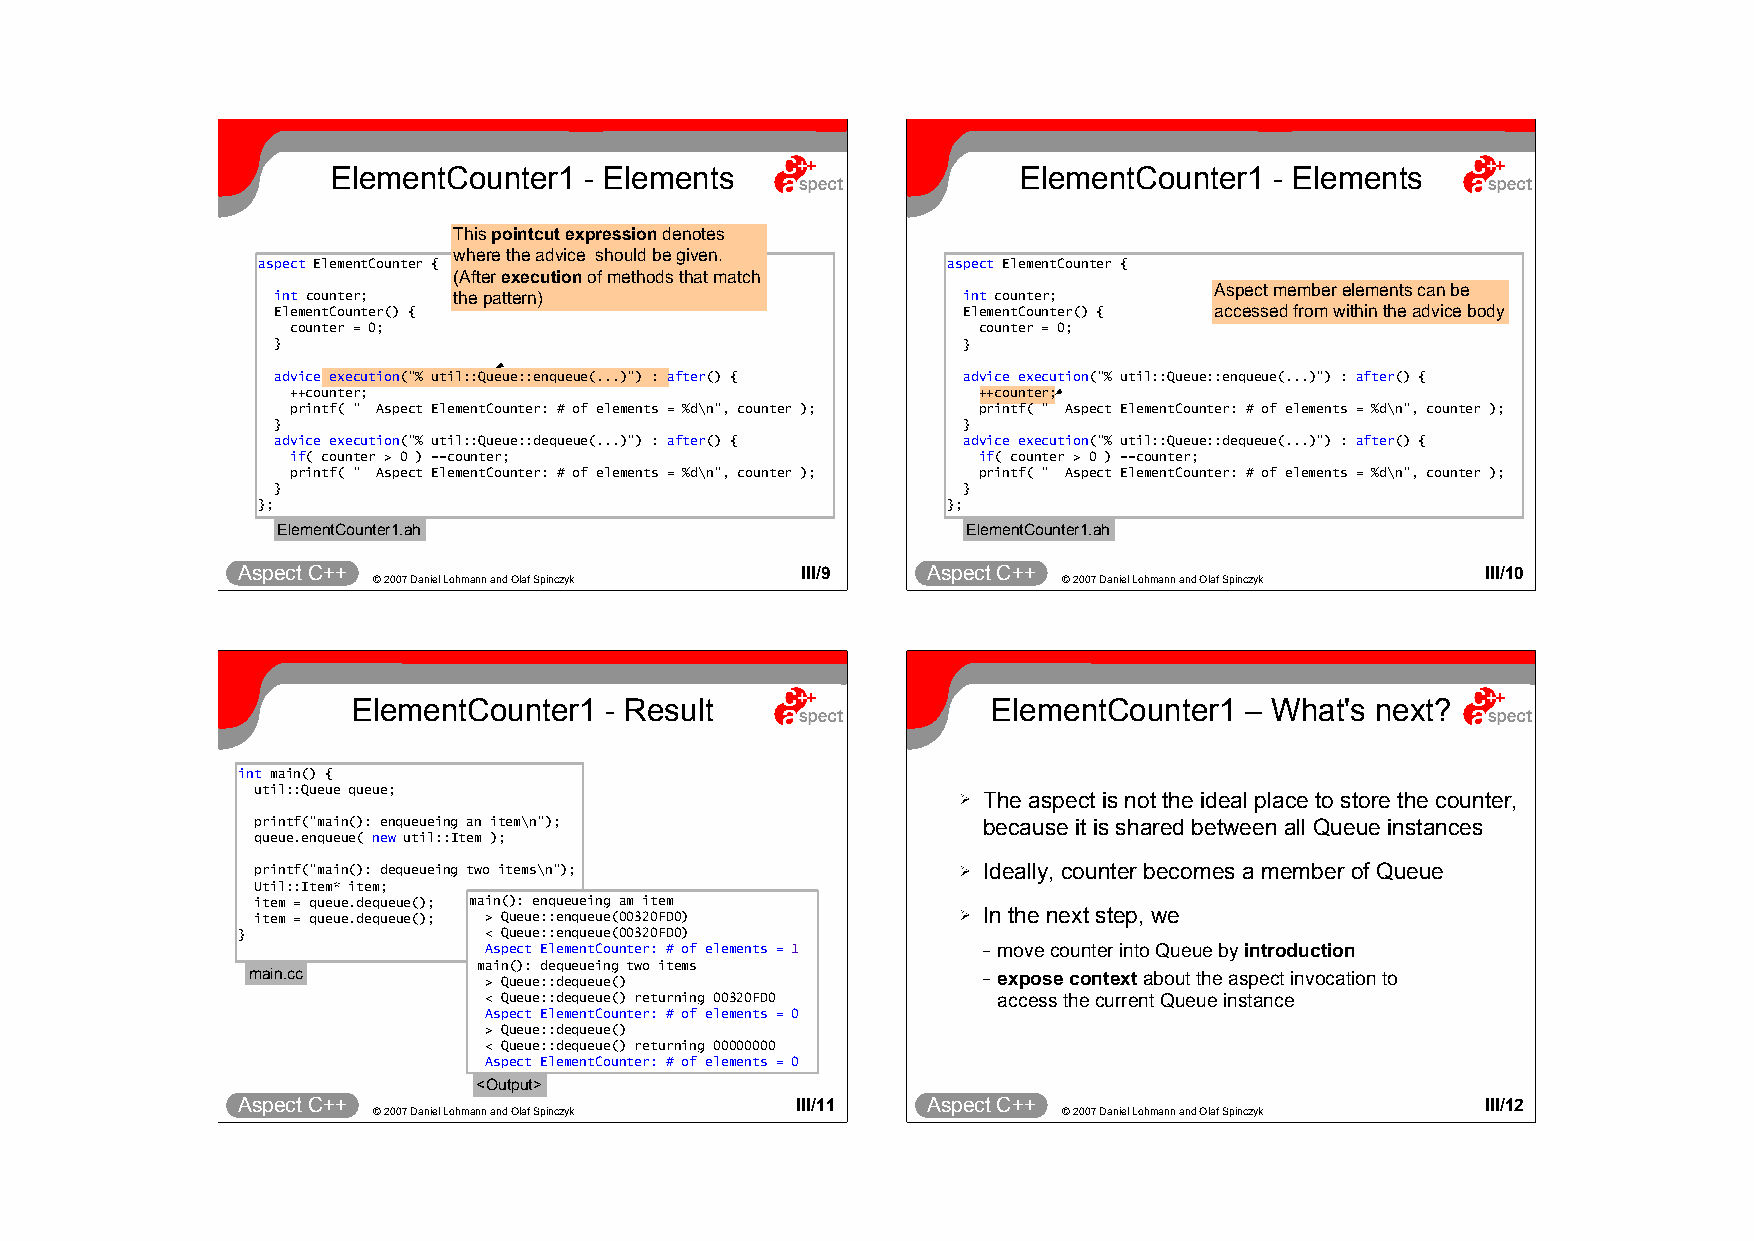
ElementCounter1  - Elements                   ElementCounter1 - Elements
 This pointcut expression denotes
 where the advice should be given.
 aspect ElementCounter {                       aspect ElementCounter {
 (After execution of methods that match
 Aspect member elements can be
 int counter; the pattern)                     int counter;
 ElementCounter() {                            ElementCounter() { accessed from within the advice body
 counter = 0;                                  counter = 0;
 }                                             }
 advice execution("% util::Queue::enqueue(...)") : after() { advice execution("% util::Queue::enqueue(...)") : after() {
 ++counter;                                    ++counter;
 printf( " Aspect ElementCounter: # of elements = %d\n", counter ); printf( " Aspect ElementCounter: # of elements = %d\n", counter );
 }                                             }
 advice execution("% util::Queue::dequeue(...)") : after() { advice execution("% util::Queue::dequeue(...)") : after() {
 if( counter > 0 ) --counter;                  if( counter > 0 ) --counter;
 printf( " Aspect ElementCounter: # of elements = %d\n", counter ); printf( " Aspect ElementCounter: # of elements = %d\n", counter );
 }                                             }
 };                                            };
 ElementCounter1.ah                            ElementCounter1.ah
 Aspect C++                           III/9   Aspect C++                           III/10
 © 2007 Daniel Lohmann and Olaf Spinczyk      © 2007 Daniel Lohmann and Olaf Spinczyk
 ElementCounter1  - Result                  ElementCounter1 – What's next?
 int main() {
 util::Queue queue;                             ➢ The aspect is not the ideal place to store the counter,
 printf("main(): enqueueing an item\n");         because it is shared between all Queue instances
 queue.enqueue( new util::Item );
 printf("main(): dequeueing two items\n");      ➢ Ideally, counter becomes a member of Queue
 Util::Item* item;
 item = queue.dequeue(); main(): enqueueing am item
 item = queue.dequeue(); > Queue::enqueue(00320FD0) ➢ In the next step, we
 }               < Queue::enqueue(00320FD0)
 Aspect ElementCounter: # of elements = 1 – move counter into Queue by introduction
 main(): dequeueing two items
 main.cc         > Queue::dequeue()               – expose context about the aspect invocation to
 < Queue::dequeue() returning 00320FD0 access the current Queue instance
 Aspect ElementCounter: # of elements = 0
 > Queue::dequeue()
 < Queue::dequeue() returning 00000000
 Aspect ElementCounter: # of elements = 0
 <Output>
 Aspect C++                           III/11  Aspect C++                           III/12
 © 2007 Daniel Lohmann and Olaf Spinczyk      © 2007 Daniel Lohmann and Olaf Spinczyk